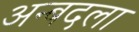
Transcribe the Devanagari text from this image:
अन्बदला